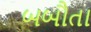
બબૌતા